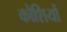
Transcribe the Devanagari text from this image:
कोशियों